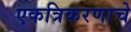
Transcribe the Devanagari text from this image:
एकत्रिकरणाचे